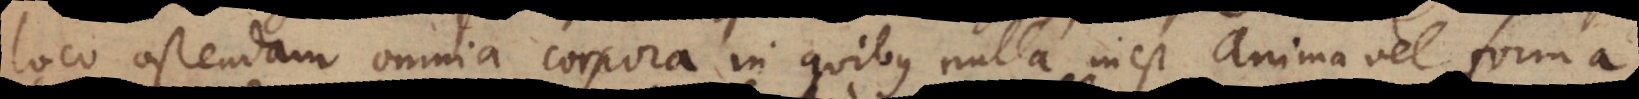
loco ostendam omnia corpora in quibus nulla inest Anima vel forma